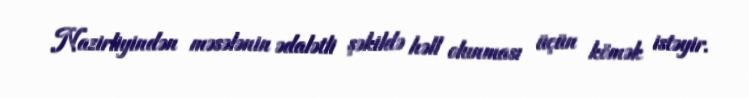
Nazirliyindən məsələnin ədalətli şəkildə həll olunması üçün kömək istəyir.